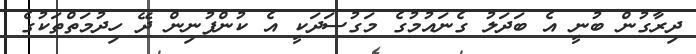
ދިރާގުން ބުނީ އެ ބަދަލު ގެނައުމުގެ މަގުސަދަކީ އެ ކުންފުނިން ދޭ ހިދުމަތްތަކުގެ